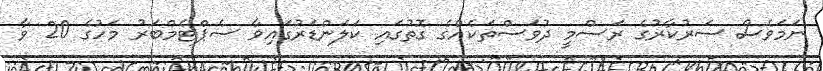
ނަމަވެސް ސަރުކާރުގެ ރަސްމީ ދުވަސްތަކެއްގެ ގޮތުގައި ކަލަންޑަރުގައިވާ ސެޕްޓެމްބަރު މަހުގެ 20 ވާ